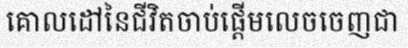
គោលដៅនៃជីវិតចាប់ផ្តើមលេចចេញជា